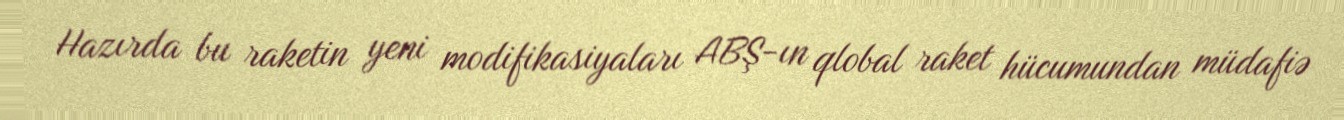
Hazırda bu raketin yeni modifikasiyaları ABŞ-ın qlobal raket hücumundan müdafiə